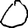
Digit: 0